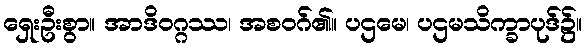
ရှေးဦးစွာ။ အာဒိဝဂ္ဂဿ၊ အစဝဂ်၏။ ပဌမေ၊ ပဌမသိက္ခာပုဒ်၌။